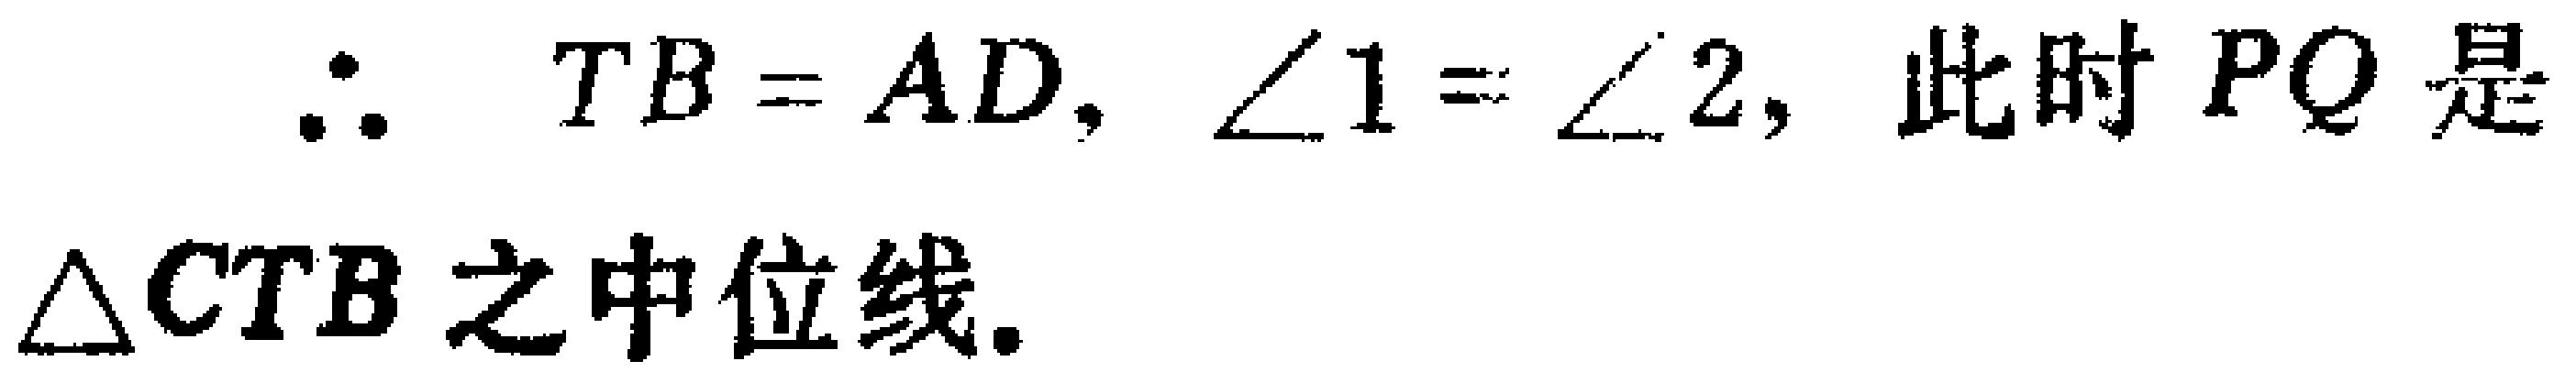
\(\therefore TB = AD, \angle 1 = \angle 2,\) 此时 \(PQ\) 是 \(\triangle CTB\) 之中位线.